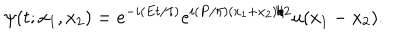
LaTeX: \psi ( t ; x _ { 1 } , x _ { 2 } ) = e ^ { - i ( { E t } / { \hbar } ) } e ^ { i ( { P } / { \hbar } ) { ( x _ { 1 } + x _ { 2 } ) } / { 2 } } u ( x _ { 1 } - x _ { 2 } ) .